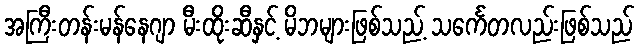
အကြီးတန်းမန်နေဂျာ မီးထိုးဆီနှင့် မိဘများဖြစ်သည့် သင်္ကေတလည်းဖြစ်သည်